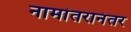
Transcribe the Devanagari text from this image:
नामांतरानंतर